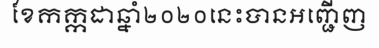
ខែកក្កដាឆ្នាំ២០២០នេះបានអញ្ជើញ